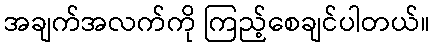
အချက်အလက်ကို ကြည့်စေချင်ပါတယ်။